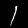
Label: 1